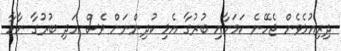
ދިރިއުޅެވެން ޖެހޭނެ ކަމަށާއި ބުރުގާ އެޅި ކުދިންނަށް ވެސް އަދި ބުރުގާ ނާޅާ